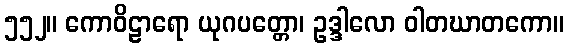
၅၅၂။ ကောဝိဠာရော ယုဂပတ္တော၊ ဥဒ္ဒါလော ဝါတဃာတကော။